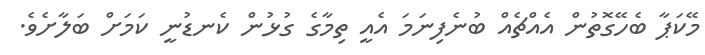
މޭކަޕާ ބެހޭގޮތުން އެއްޗެއް ބުނެފިނަމަ އެއީ ތިމާގެ ގުޅުން ކެނޑުނީ ކަމަށް ބަލާށެވެ.